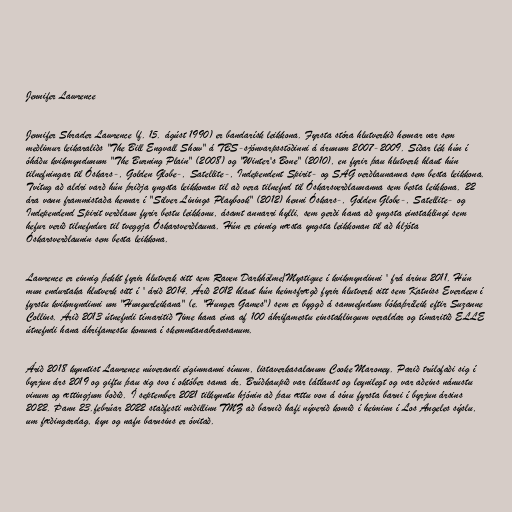
Jennifer Lawrence

Jennifer Shrader Lawrence (f. 15. ágúst 1990) er bandarísk leikkona. Fyrsta stóra hlutverkið hennar var sem
meðlimur leikaraliðs "The Bill Engvall Show" á TBS-sjónvarpsstöðinni á árunum 2007-2009. Síðar lék hún í
óháðu kvikmyndunum "The Burning Plain" (2008) og "Winter's Bone" (2010), en fyrir þau hlutverk hlaut hún
tilnefningar til Óskars-, Golden Globe-, Satellite-, Independent Spirit- og SAG verðlaunanna sem besta leikkona.
Tvítug að aldri varð hún þriðja yngsta leikkonan til að vera tilnefnd til Óskarsverðlaunanna sem besta leikkona. 22
ára vann frammistaða hennar í "Silver Linings Playbook" (2012) henni Óskars-, Golden Globe-, Satellite- og
Independend Spirit verðlaun fyrir bestu leikkonu, ásamt annarri hylli, sem gerði hana að yngsta einstaklingi sem
hefur verið tilnefndur til tveggja Óskarsverðlauna. Hún er einnig næsta yngsta leikkonan til að hljóta
Óskarsverðlaunin sem besta leikkona.

Lawrence er einnig þekkt fyrir hlutverk sitt sem Raven Darkhölme/Mystique í kvikmyndinni ' frá árinu 2011. Hún
mun endurtaka hlutverk sitt í ' árið 2014. Árið 2012 hlaut hún heimsfrægð fyrir hlutverk sitt sem Katniss Everdeen í
fyrstu kvikmyndinni um "Hungurleikana" (e. "Hunger Games") sem er byggð á samnefndum bókaþríleik eftir Suzanne
Collins. Árið 2013 útnefndi tímaritið Time hana eina af 100 áhrifamestu einstaklingum veraldar og tímaritið ELLE
útnefndi hana áhrifamestu konuna í skemmtanabransanum.

Árið 2018 kynntist Lawrence núverandi eiginmanni sínum, listaverkasalanum Cooke Mar­oney. Parið trúlofaði sig í
byrjun árs 2019 og giftu þau sig svo í október sama ár. Brúðkaupið var látlaust og leynilegt og var aðeins nánustu
vinum og ættingjum boðið. Í september 2021 tilkynntu hjónin að þau ættu von á sínu fyrsta barni í byrjun ársins
2022. Þann 23.febrúar 2022 staðfesti miðillinn TMZ að barnið hafi nýverið komið í heiminn í Los Angeles sýslu,
um fæðingardag, kyn og nafn barnsins er óvitað.